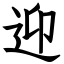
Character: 迎